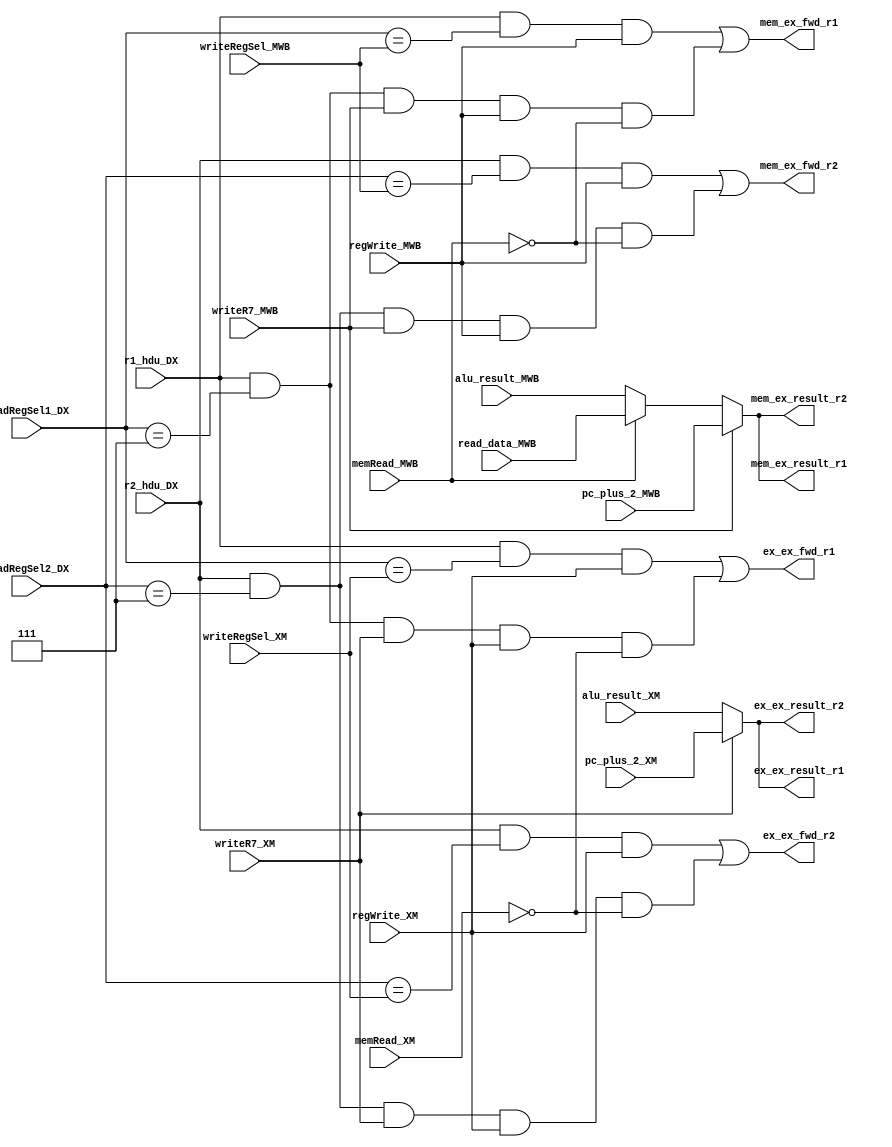
module fwd_unit(
            r1_hdu_DX,
            r2_hdu_DX,
            readRegSel1_DX,
            readRegSel2_DX,
            alu_result_XM,
            alu_result_MWB,
            read_data_MWB,
            memRead_XM,
            memRead_MWB,
            writeR7_XM,
            writeR7_MWB,
            pc_plus_2_XM,
            pc_plus_2_MWB,
            writeRegSel_XM,
            writeRegSel_MWB,
            regWrite_XM,
            regWrite_MWB,
            ex_ex_fwd_r1,
            ex_ex_fwd_r2,
            mem_ex_fwd_r1,
            mem_ex_fwd_r2,
            ex_ex_result_r1,
            ex_ex_result_r2,
            mem_ex_result_r1,
            mem_ex_result_r2
);

input memRead_XM, memRead_MWB, writeR7_XM, writeR7_MWB, r1_hdu_DX, r2_hdu_DX;
input [2:0] readRegSel1_DX, readRegSel2_DX, writeRegSel_XM, writeRegSel_MWB;
input [15:0] alu_result_XM, alu_result_MWB, pc_plus_2_XM, pc_plus_2_MWB;
input regWrite_MWB, regWrite_XM;
input [15:0] read_data_MWB;
output [15:0] ex_ex_result_r1, ex_ex_result_r2, mem_ex_result_r1, mem_ex_result_r2;
output ex_ex_fwd_r1, ex_ex_fwd_r2, mem_ex_fwd_r1, mem_ex_fwd_r2;

assign mem_ex_fwd_r1 =    ( r1_hdu_DX & (readRegSel1_DX == writeRegSel_MWB) & regWrite_MWB )
                        | ( r1_hdu_DX & readRegSel1_DX == 3'h7 & writeR7_MWB & regWrite_MWB & ~memRead_MWB );
assign mem_ex_fwd_r2 =    ( r2_hdu_DX & (readRegSel2_DX == writeRegSel_MWB) & regWrite_MWB )
                        | ( r2_hdu_DX & readRegSel2_DX == 3'h7 & writeR7_MWB & regWrite_MWB & ~memRead_MWB );
assign ex_ex_fwd_r1 =     ( r1_hdu_DX & (readRegSel1_DX == writeRegSel_XM) & regWrite_XM )
                        | ( r1_hdu_DX & readRegSel1_DX == 3'h7 & writeR7_XM & regWrite_XM & ~memRead_XM );
assign ex_ex_fwd_r2 =     ( r2_hdu_DX & (readRegSel2_DX == writeRegSel_XM) & regWrite_XM )
                        | ( r2_hdu_DX & readRegSel2_DX == 3'h7 & writeR7_XM & regWrite_XM & ~memRead_XM );

assign mem_ex_result_r1 = writeR7_MWB ? pc_plus_2_MWB : (memRead_MWB ? read_data_MWB : alu_result_MWB);
assign mem_ex_result_r2 = writeR7_MWB ? pc_plus_2_MWB : (memRead_MWB ? read_data_MWB : alu_result_MWB);
assign ex_ex_result_r1 = writeR7_XM ? pc_plus_2_XM : alu_result_XM;
assign ex_ex_result_r2 = writeR7_XM ? pc_plus_2_XM : alu_result_XM;

endmodule